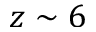
z \sim 6